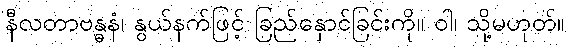
နီလတာဗန္ဓနံ၊ နွယ်နက်ဖြင့် ခြည်နှောင်ခြင်းကို။ ဝါ၊ သို့မဟုတ်။